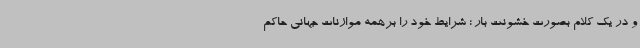
و در یک کلام بصورت خشونت بار ؛ شرایط خود را برهمه موازنات جهانی حاکم